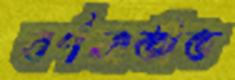
বর্ণনাতীত